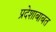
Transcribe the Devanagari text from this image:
प्रदेशाबाबत